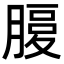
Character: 𦞶